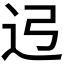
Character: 𰺳